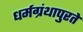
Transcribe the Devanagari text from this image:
धर्मग्रंथापुरते